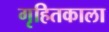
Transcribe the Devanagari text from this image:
गृहितकाला